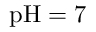
\mathrm { p H } = 7